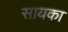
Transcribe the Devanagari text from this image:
सायका